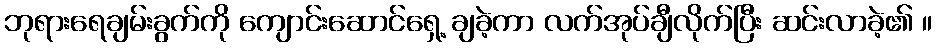
ဘုရားရေချမ်းခွက်ကို ကျောင်းဆောင်ရှေ့ ချခဲ့ကာ လက်အုပ်ချီလိုက်ပြီး ဆင်းလာခဲ့၏ ။